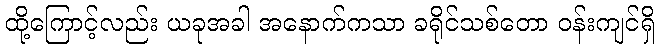
ထို့ကြောင့်လည်း ယခုအခါ အနောက်ကသာ ခရိုင်သစ်တော ဝန်းကျင်ရှိ